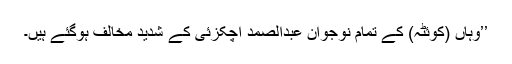
’’وہاں (کوئٹہ) کے تمام نوجوان عبدالصمد اچکزئی کے شدید مخالف ہوگئے ہیں۔